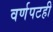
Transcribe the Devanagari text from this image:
वर्णपटही